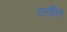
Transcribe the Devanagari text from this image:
एर्लीन